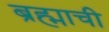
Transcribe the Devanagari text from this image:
ब्रह्माची